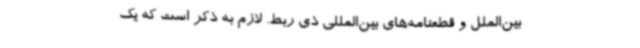
بین‌الملل و قطعنامه‌های بین‌المللی ذی ربط. لازم به ذکر است که یک